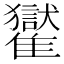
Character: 𩁓